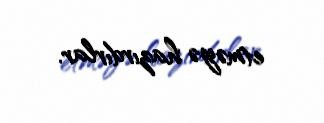
etməyə hazırdırlar.